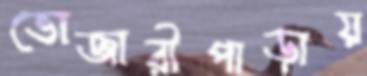
ভোজারীপাড়ায়